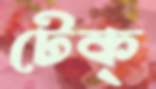
টেক্‌